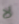
لا